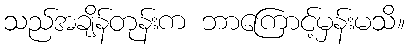
သည်အချိန်တုန်းက ဘာကြောင့်မှန်းမသိ။